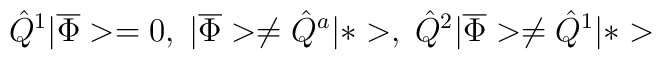
\hat{Q}^1|\overline\Phi>=0,\;|\overline\Phi>\neq\hat{Q}^a|*>,\; \hat{Q}^2|\overline\Phi>\neq\hat{Q}^1|*>